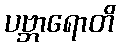
ပဗ္ဘာရောတိ